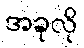
အခုလို